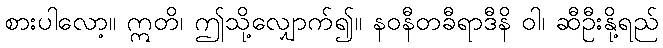
စားပါလော့။ ဣတိ၊ ဤသို့လျှောက်၍။ နဝနီတခီရာဒီနိ ဝါ၊ ဆီဦးနို့ရည်